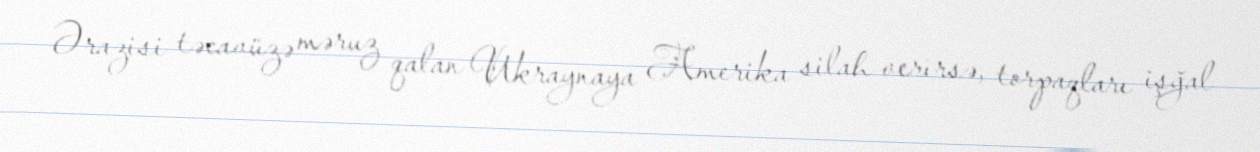
Ərazisi təcavüzə məruz qalan Ukraynaya Amerika silah verirsə, torpaqları işğal